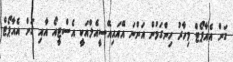
ގަން އެއާޕޯޓް މިހާރު ހިންގަމުން އަންނަ އޭއައިއޭސީއެލްއަކީ އެސްޓީއޯ އާއި ގަން އެއާޕޯޓް